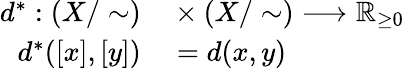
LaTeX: \begin{array}{rl}{d^{*}:(X/\sim)}&{{}\times(X/\sim)\longrightarrow\mathbb{R}_{\geq 0}}\\ {d^{*}([x],[y])}&{{}=d(x,y)}\end{array}